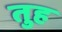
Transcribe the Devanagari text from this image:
तुह